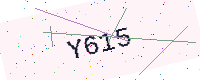
Text: Y615